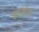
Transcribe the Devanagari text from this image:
बासोदा